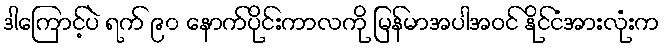
ဒါကြောင့်ပဲ ရက် ၉၀ နောက်ပိုင်းကာလကို မြန်မာအပါအဝင် နိုင်ငံအားလုံးက